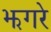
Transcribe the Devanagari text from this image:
झगरे